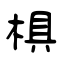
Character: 椇